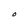
Character: O